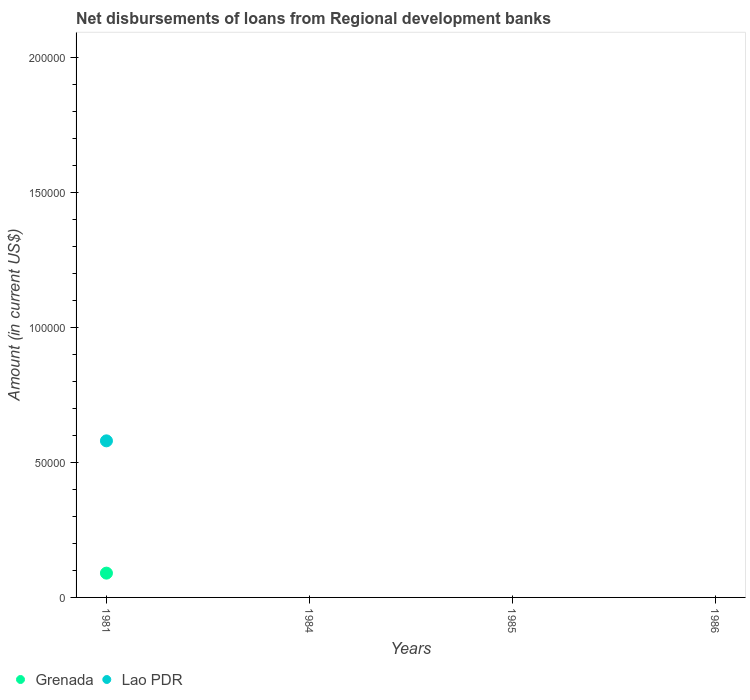
| Years | Grenada | Lao PDR |
 | --- | --- | --- |
 | 1981 | 9e+03 | 5.8e+04 |
 | 1984 | -1.71e+05 | -1.10e+06 |
 | 1985 | -3.33e+05 | -2.17e+06 |
 | 1986 | -4.54e+05 | -2.97e+06 |